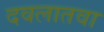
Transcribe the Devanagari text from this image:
दवलातवा